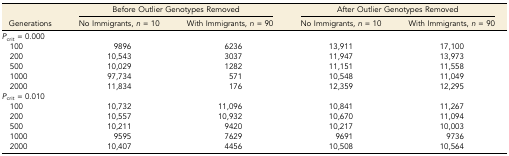
|  | <COLSPAN=2> Before Outlier Genotypes Removed | <COLSPAN=2> After Outlier Genotypes Removed |
 | Generations | No Immigrants, n = 10 | With Immigrants, n = 90 | No Immigrants, n = 10 | With Immigrants, n = 90 |
 | --- | --- | --- | --- | --- |
 | Pcrit = 0.000 |  |  |  |  |
 | 100 | 9896 | 6236 | 13,911 | 17,100 |
 | 200 | 10,543 | 3037 | 11,947 | 13,973 |
 | 500 | 10,029 | 1282 | 11,151 | 11,558 |
 | 1000 | 97,734 | 571 | 10,548 | 11,049 |
 | 2000 | 11,834 | 176 | 12,359 | 12,295 |
 | Pcrit = 0.010 |  |  |  |  |
 | 100 | 10,732 | 11,096 | 10,841 | 11,267 |
 | 200 | 10,557 | 10,932 | 10,670 | 11,094 |
 | 500 | 10,211 | 9420 | 10,217 | 10,003 |
 | 1000 | 9595 | 7629 | 9691 | 9736 |
 | 2000 | 10,407 | 4456 | 10,508 | 10,564 |